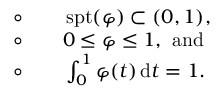
\begin{array} { r l } & { \circ \qquad \operatorname { s p t } ( \varphi ) \subset ( 0 , 1 ) , \qquad \qquad \qquad \qquad \qquad \qquad \qquad \qquad \qquad \qquad \qquad \qquad \qquad \qquad \quad } \\ & { \circ \qquad 0 \leq \varphi \leq 1 , \mathrm { ~ a n d } \qquad \qquad \qquad \qquad \qquad } \\ & { \circ \qquad \int _ { 0 } ^ { 1 } \varphi ( t ) \, \mathrm { d } t = 1 . } \end{array}